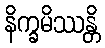
နိက္ခမိဿန္တိ